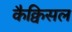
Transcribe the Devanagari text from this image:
कैक्विसल